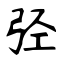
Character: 弪